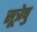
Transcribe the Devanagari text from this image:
सूत्रेषु